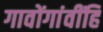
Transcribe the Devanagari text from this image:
गावोंगांवींहि